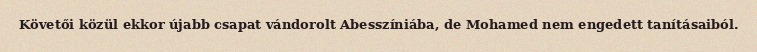
Követői közül ekkor újabb csapat vándorolt Abesszíniába, de Mohamed nem engedett tanításaiból.